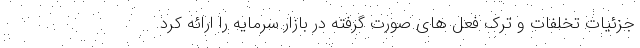
جزئیات تخلفات و ترک فعل های صورت گرفته در بازار سرمایه را ارائه کرد.